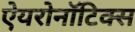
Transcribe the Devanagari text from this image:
ऐयरोनॉटिक्स